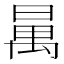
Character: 𣈦